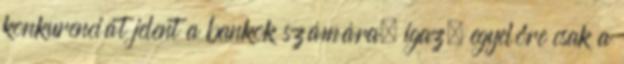
konkurenciát jelent a bankok számára, igaz, egyelőre csak a